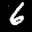
Label: 6